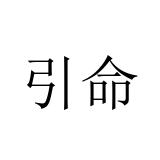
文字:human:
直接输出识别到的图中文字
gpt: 引命